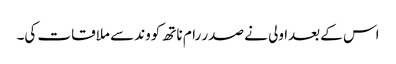
اس کے بعدا ولی نے صدر رام ناتھ کووند سے ملاقات کی۔